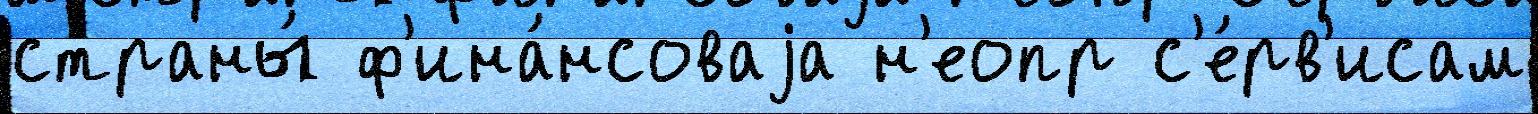
страны́ ф'ина́нсоваjа н'еопр с'е́рв'исам